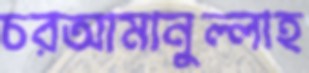
চরআমানুল্লাহ